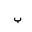
Letter: _ba